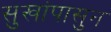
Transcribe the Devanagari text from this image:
सुखांपासुन